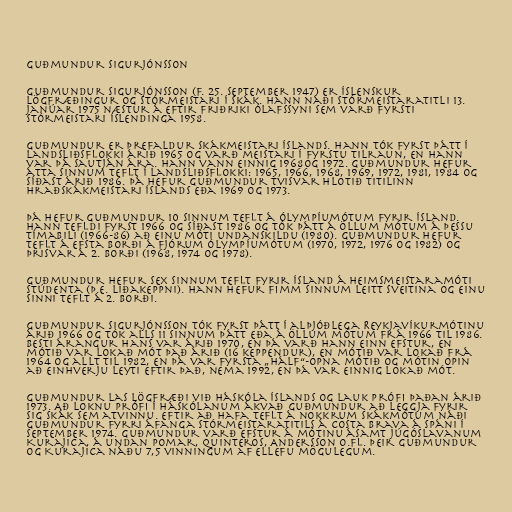
Guðmundur Sigurjónsson

Guðmundur Sigurjónsson (f. 25. september 1947) er íslenskur
lögfræðingur og stórmeistari í skák. Hann náði stórmeistaratitli 13.
janúar 1975 næstur á eftir Friðriki Ólafssyni sem varð fyrsti
stórmeistari Íslendinga 1958.

Guðmundur er þrefaldur Skákmeistari Íslands. Hann tók fyrst þátt í
landsliðsflokki árið 1965 og varð meistari í fyrstu tilraun, en hann
var þá sautján ára. Hann vann einnig 1968og 1972. Guðmundur hefur
átta sinnum teflt í landsliðsflokki: 1965, 1966, 1968, 1969, 1972, 1981, 1984 og
síðast árið 1986. Þá hefur Guðmundur tvisvar hlotið titilinn
Hraðskákmeistari Íslands eða 1969 og 1973.

Þá hefur Guðmundur 10 sinnum teflt á ólympíumótum fyrir Ísland.
Hann tefldi fyrst 1966 og síðast 1986 og tók þátt á öllum mótum á þessu
tímabili (1966-86) að einu móti undanskildu (1980). Guðmundur hefur
teflt á efsta borði á fjórum ólympíumótum (1970, 1972, 1976 og 1982) og
þrisvar á 2. borði (1968, 1974 og 1978).

Guðmundur hefur sex sinnum teflt fyrir Ísland á heimsmeistaramóti
stúdenta (þ.e. liðakeppni). Hann hefur fimm sinnum leitt sveitina og einu
sinni teflt á 2. borði.

Guðmundur Sigurjónsson tók fyrst þátt í alþjóðlega Reykjavíkurmótinu
árið 1966 og tók alls 11 sinnum þátt eða á öllum mótum frá 1966 til 1986.
Besti árangur hans var árið 1970, en þá varð hann einn efstur, en
mótið var lokað mót það árið (16 keppendur), en mótið var lokað frá
1964 og allt til 1982, en þá var fyrsta „hálf“-opna mótið og mótin opin
að einhverju leyti eftir það, nema 1992, en þá var einnig lokað mót.

Guðmundur las lögfræði við Háskóla Íslands og lauk prófi þaðan árið
1973. Að loknu prófi í Háskólanum ákvað Guðmundur að leggja fyrir
sig skák sem atvinnu. Eftir að hafa teflt á nokkrum skákmótum náði
Guðmundur fyrri áfanga stórmeistaratitils á Costa Brava á Spáni í
september 1974. Guðmundur varð efstur á mótinu ásamt Júgóslavanum
Kurajica, á undan Pomar, Quinteros, Andersson o.fl. Þeir Guðmundur
og Kurajica náðu 7,5 vinningum af ellefu mögulegum.